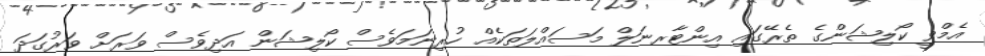
އެމްވީ ކޯލިޝަންގެ ތެރޭގައި އިންޓާރނަލް މަސައްލަތަކެއް ހުރިނަމަވެސް ކޯލިޝަން އަދިވެސް ވަރަށް ވަރުގަދަ